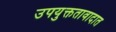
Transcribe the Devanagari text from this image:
उपयुक्ततावादात